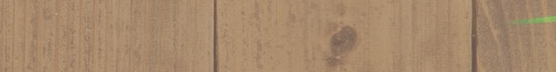
مكتبة المستقبل: كتب متنوع